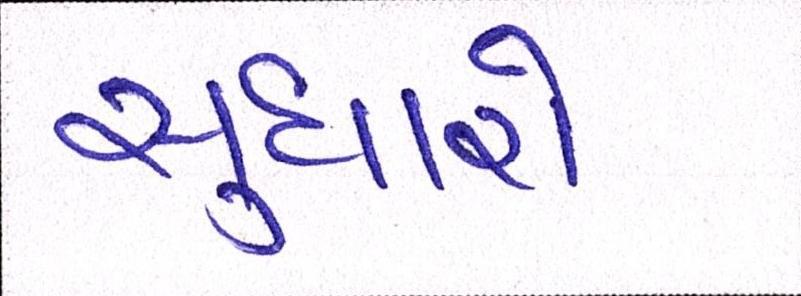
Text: સુધારો